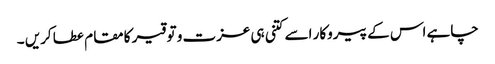
چاہے اس کے پیروکار اسے کتنی ہی عزت و توقیر کا مقام عطا کریں ۔